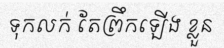
ទុកលក់ តែព្រឹកឡើង ខ្លួន